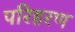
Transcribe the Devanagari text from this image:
परिहरण